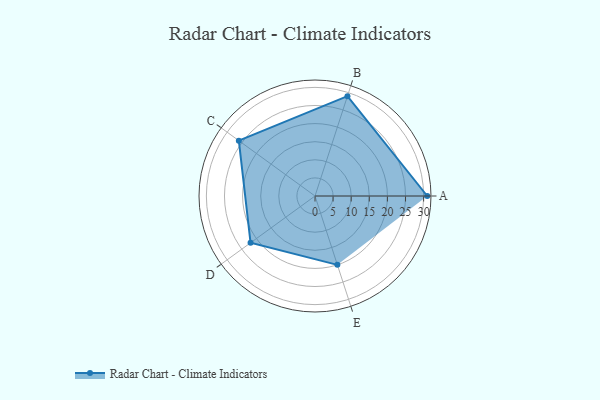
{"axis": {"x": "Skill", "y": "Score"}, "legend": ["Profile"], "data": [{"x": "A", "y": 31.0, "type": "Profile"}, {"x": "B", "y": 29.0, "type": "Profile"}, {"x": "C", "y": 26.0, "type": "Profile"}, {"x": "D", "y": 22.0, "type": "Profile"}, {"x": "E", "y": 20, "type": "Profile"}]}